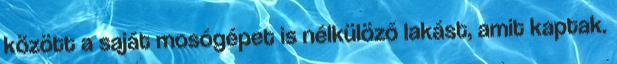
között a saját mosógépet is nélkülöző lakást, amit kaptak.